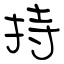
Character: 持